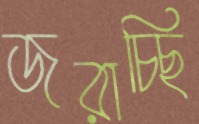
জরাচ্ছি